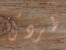
طردك